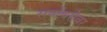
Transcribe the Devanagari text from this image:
सर्वाबरोबर